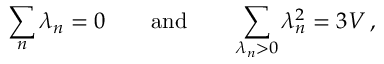
\sum _ { n } \lambda _ { n } = 0 \qquad \mathrm { a n d } \qquad \sum _ { \lambda _ { n } > 0 } \lambda _ { n } ^ { 2 } = 3 V \: ,